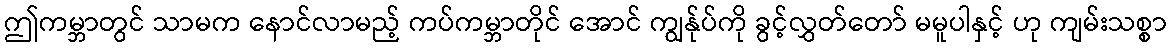
ဤကမ္ဘာတွင် သာမက နောင်လာမည့် ကပ်ကမ္ဘာတိုင် အောင် ကျွန်ုပ်ကို ခွင့်လွှတ်တော် မမူပါနှင့် ဟု ကျမ်းသစ္စာ